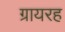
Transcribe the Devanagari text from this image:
ग्रायरह